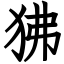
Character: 狒